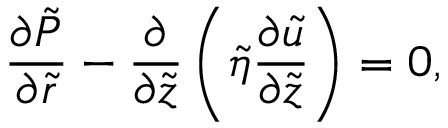
\frac { \partial \tilde { P } } { \partial \tilde { r } } - \frac { \partial } { \partial \tilde { z } } \left( \tilde { \eta } \frac { \partial \tilde { u } } { \partial \tilde { z } } \right) = 0 ,